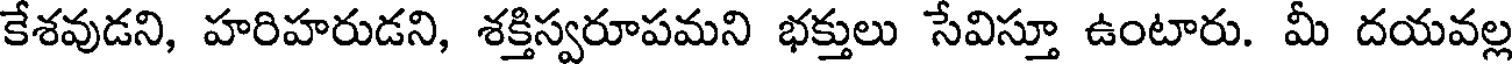
కేశవుడని, హరిహరుడని, శక్తిస్వరూపమని భక్తులు సేవిస్తూ ఉంటారు. మీ దయవల్ల